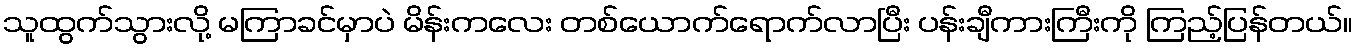
သူထွက်သွားလို့ မကြာခင်မှာပဲ မိန်းကလေး တစ်ယောက်ရောက်လာပြီး ပန်းချီကားကြီးကို ကြည့်ပြန်တယ်။